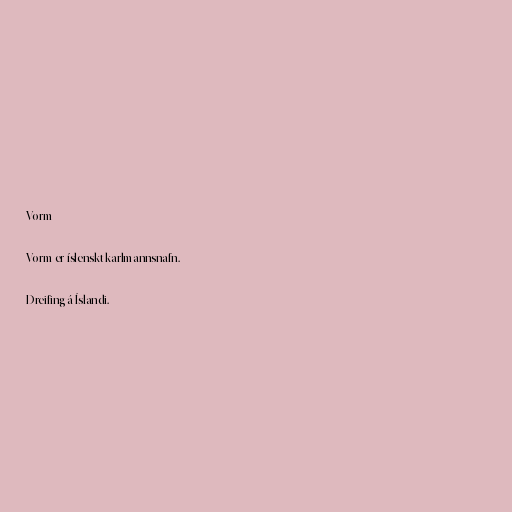
Vorm

Vorm er íslenskt karlmannsnafn.

Dreifing á Íslandi.